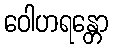
ဝေါဟရန္တော